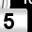
Digit: 5